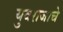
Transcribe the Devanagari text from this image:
युवराजाचे